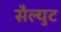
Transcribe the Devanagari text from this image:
सैल्युट